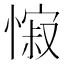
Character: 𢠭